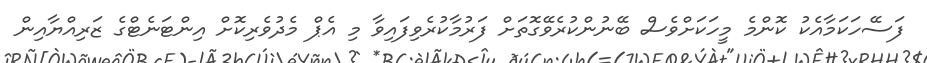
ފަސޭހަކަމާއެކު ކޮންމެ މީހަކަށްވެސް ބޭނުންކުރެވޭގޮތަށް ފަރުމާކުރެވިފައިވާ މި އެޕް މެދުވެރިކޮށް އިންޓަނެޓްގެ ޒަރިއްޔާއިން